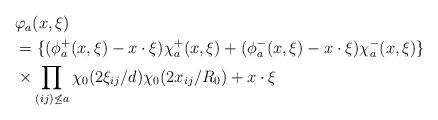
LaTeX: \begin{align*}\begin{aligned}&\varphi_{a}(x,\xi)\\&=\{(\phi_{a}^+(x,\xi)-x\cdot\xi)\chi_a^+(x,\xi)+(\phi_{a}^-(x,\xi)-x\cdot\xi)\chi_a^-(x,\xi)\}\\&\times\prod_{(ij)\not\le a}\chi_0(2\xi_{ij}/d)\chi_0(2x_{ij}/R_0)+x\cdot\xi\end{aligned}\end{align*}